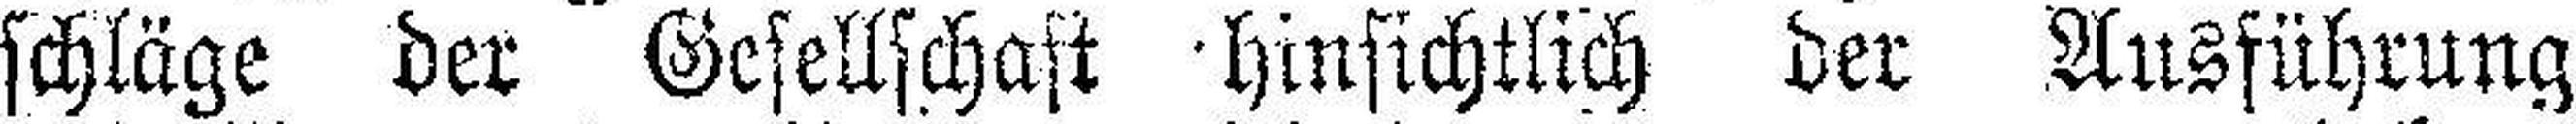
schläge der Gesellschaft hinsichtlich der Ausführung